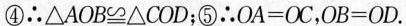
④∴△AOB≌△COD；⑤∴$$O A = O C$$，$$O B = O D$$。